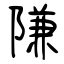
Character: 隒